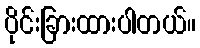
ပိုင်းခြားထားပါတယ်။